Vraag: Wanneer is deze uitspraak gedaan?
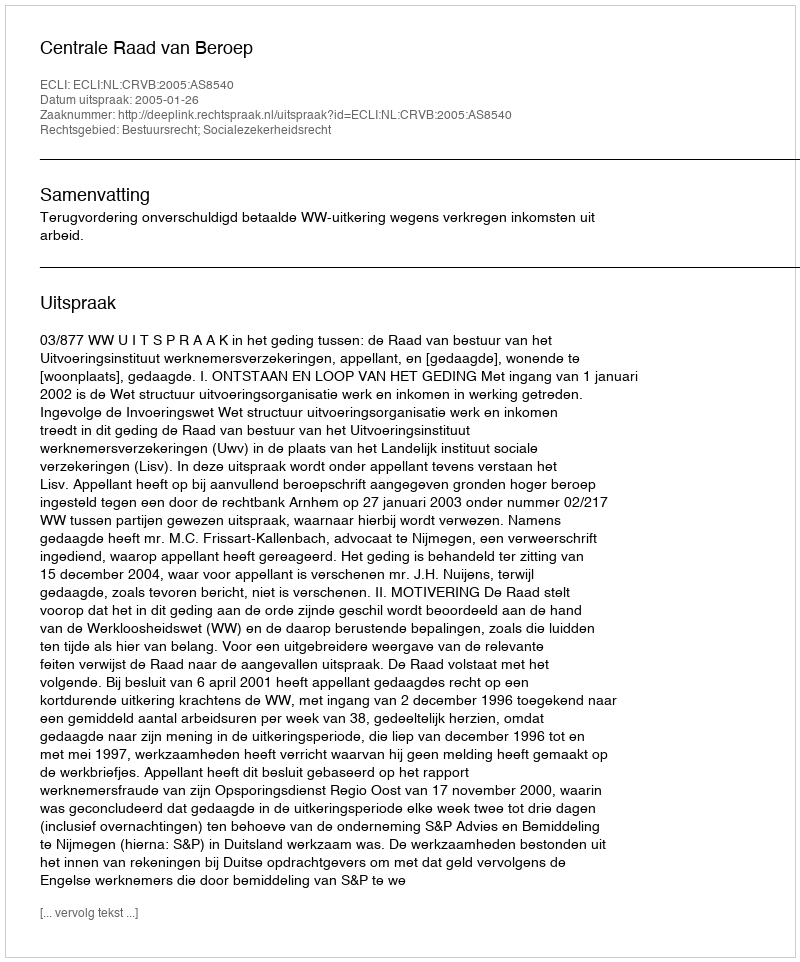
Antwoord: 2005-01-26